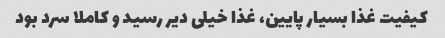
کیفیت غذا بسیار پایین، غذا خیلی دیر رسید و کاملا سرد بود